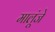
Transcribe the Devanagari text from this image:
मालूंजे